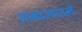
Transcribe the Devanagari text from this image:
साम्राज्यातले